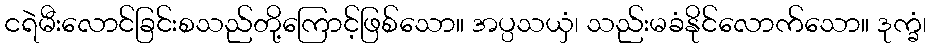
ငရဲမီးလောင်ခြင်းစသည်တို့ကြောင့်ဖြစ်သော။ အပ္ပသယှံ၊ သည်းမခံနိုင်လောက်သော။ ဒုက္ခံ၊